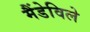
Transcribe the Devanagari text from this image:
मैंडेविले